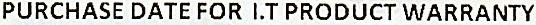
PURCHASE DATE FOR I.T PRODUCT WARRANTY